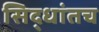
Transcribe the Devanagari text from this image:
सिद्धांतच